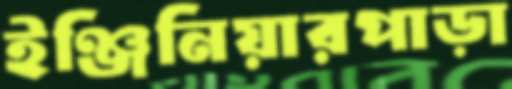
ইঞ্জিনিয়ারপাড়া